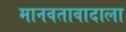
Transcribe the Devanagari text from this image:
मानवतावादाला